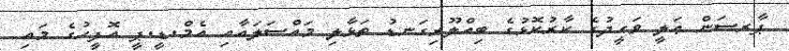
ޕާރސަން ޢަލީ ވަޙީދުގެ ކާރުކޮޅުގެ ބިއްލޫރިގަނޑު ތަޅާލި މައްސަލައާއި އެމް.ޑީ.ޕީ އޮފީހުގެ މައި